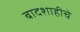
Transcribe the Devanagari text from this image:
बादशाहीचे